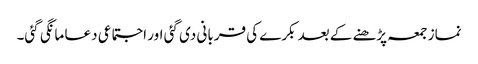
نماز جمعہ پڑھنے کے بعد بکرے کی قربانی دی گئی اور اجتماعی دعا مانگی گئی۔